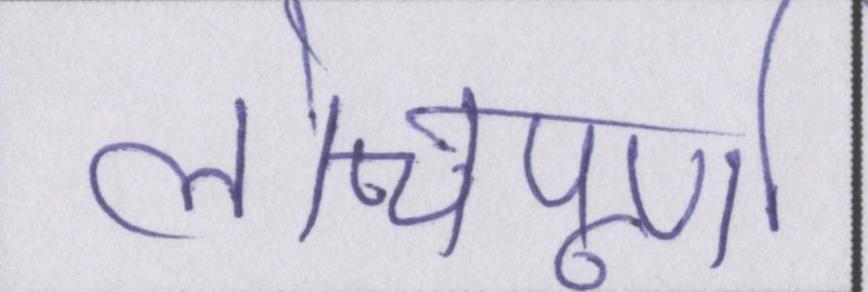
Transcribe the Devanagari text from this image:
लोचपूर्ण